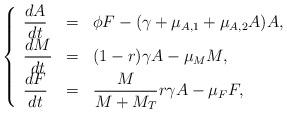
LaTeX: \begin{align*} \left\{\begin{array}{lcl} \displaystyle\frac{dA}{d t} &=& \phi F-(\gamma+\mu_{A,1}+\mu_{A,2}A)A,\\ \displaystyle\frac{dM}{d t} &=& (1-r)\gamma A-\mu_MM,\\ \displaystyle\frac{dF}{d t} &=& \displaystyle\frac{ M}{M+M_T}r\gamma A-\mu_FF,\\\end{array}\right.\end{align*}